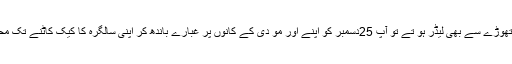
اگر آپ قوم کے تھوڑے سے بھی لیڈر ہو تے تو آپ 25دسمبر کو اپنے اور مو دی کے کانوں پر غبارے باندھ کر اپنی سالگرہ کا کیک کاٹنے تک محدود نہ رکھتے ۔